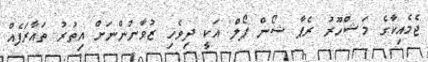
ޖެމެއިކާގެ މަޝްހޫރު ރެޕާ ޝޯން ޕޯލް އަކީ ދިވެހި ޒުވާނުންނަށް އިތުރު ތައާރަފެއް